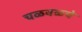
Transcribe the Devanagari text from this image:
चळवळचे